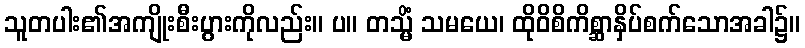
သူတပါး၏အကျိုးစီးပွားကိုလည်း။ ပ။ တသ္မိံ သမယေ၊ ထိုဝိစိကိစ္ဆာနှိပ်စက်သောအခါ၌။